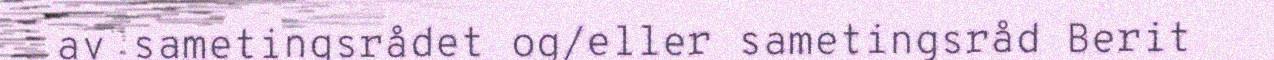
av sametingsrådet og/eller sametingsråd Berit